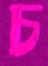
চ